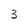
Character: 3